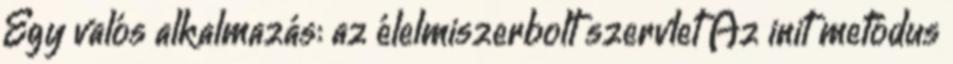
Egy valós alkalmazás: az élelmiszerbolt szervlet Az init metódus